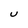
Character: U